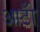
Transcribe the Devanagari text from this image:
आठोँ